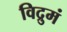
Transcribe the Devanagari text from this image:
विद्रुमं